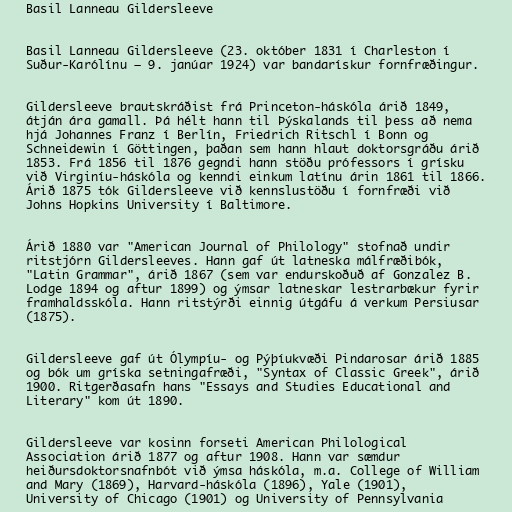
Basil Lanneau Gildersleeve

Basil Lanneau Gildersleeve (23. október 1831 í Charleston í
Suður-Karólínu – 9. janúar 1924) var bandarískur fornfræðingur.

Gildersleeve brautskráðist frá Princeton-háskóla árið 1849,
átján ára gamall. Þá hélt hann til Þýskalands til þess að nema
hjá Johannes Franz í Berlín, Friedrich Ritschl í Bonn og
Schneidewin í Göttingen, þaðan sem hann hlaut doktorsgráðu árið
1853. Frá 1856 til 1876 gegndi hann stöðu prófessors í grísku
við Virginíu-háskóla og kenndi einkum latínu árin 1861 til 1866.
Árið 1875 tók Gildersleeve við kennslustöðu í fornfræði við
Johns Hopkins University í Baltimore.

Árið 1880 var "American Journal of Philology" stofnað undir
ritstjórn Gildersleeves. Hann gaf út latneska málfræðibók,
"Latin Grammar", árið 1867 (sem var endurskoðuð af Gonzalez B.
Lodge 1894 og aftur 1899) og ýmsar latneskar lestrarbækur fyrir
framhaldsskóla. Hann ritstýrði einnig útgáfu á verkum Persiusar
(1875).

Gildersleeve gaf út Ólympíu- og Pýþíukvæði Pindarosar árið 1885
og bók um gríska setningafræði, "Syntax of Classic Greek", árið
1900. Ritgerðasafn hans "Essays and Studies Educational and
Literary" kom út 1890.

Gildersleeve var kosinn forseti American Philological
Association árið 1877 og aftur 1908. Hann var sæmdur
heiðursdoktorsnafnbót við ýmsa háskóla, m.a. College of William
and Mary (1869), Harvard-háskóla (1896), Yale (1901),
University of Chicago (1901) og University of Pennsylvania